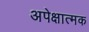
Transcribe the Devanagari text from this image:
अपेक्षात्मक